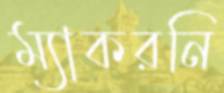
ম্যাকরনি